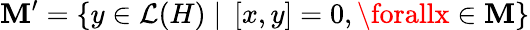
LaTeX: \mathbf{M}^{\prime}=\left\{ y\in\mathcal{{L}}(H)\mid\, \left[x,y\right]=0,\forallx\in\mathbf{M}\right\}